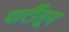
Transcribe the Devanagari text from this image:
पार्टीतून